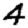
Digit: 4